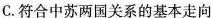
C.符合中苏两国关系的基本走向